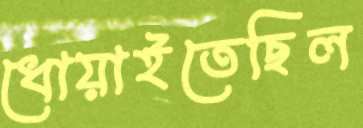
ধোয়াইতেছিল